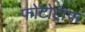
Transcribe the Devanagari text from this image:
फोटोट्राफ